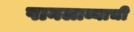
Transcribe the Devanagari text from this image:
पानलाव्याची